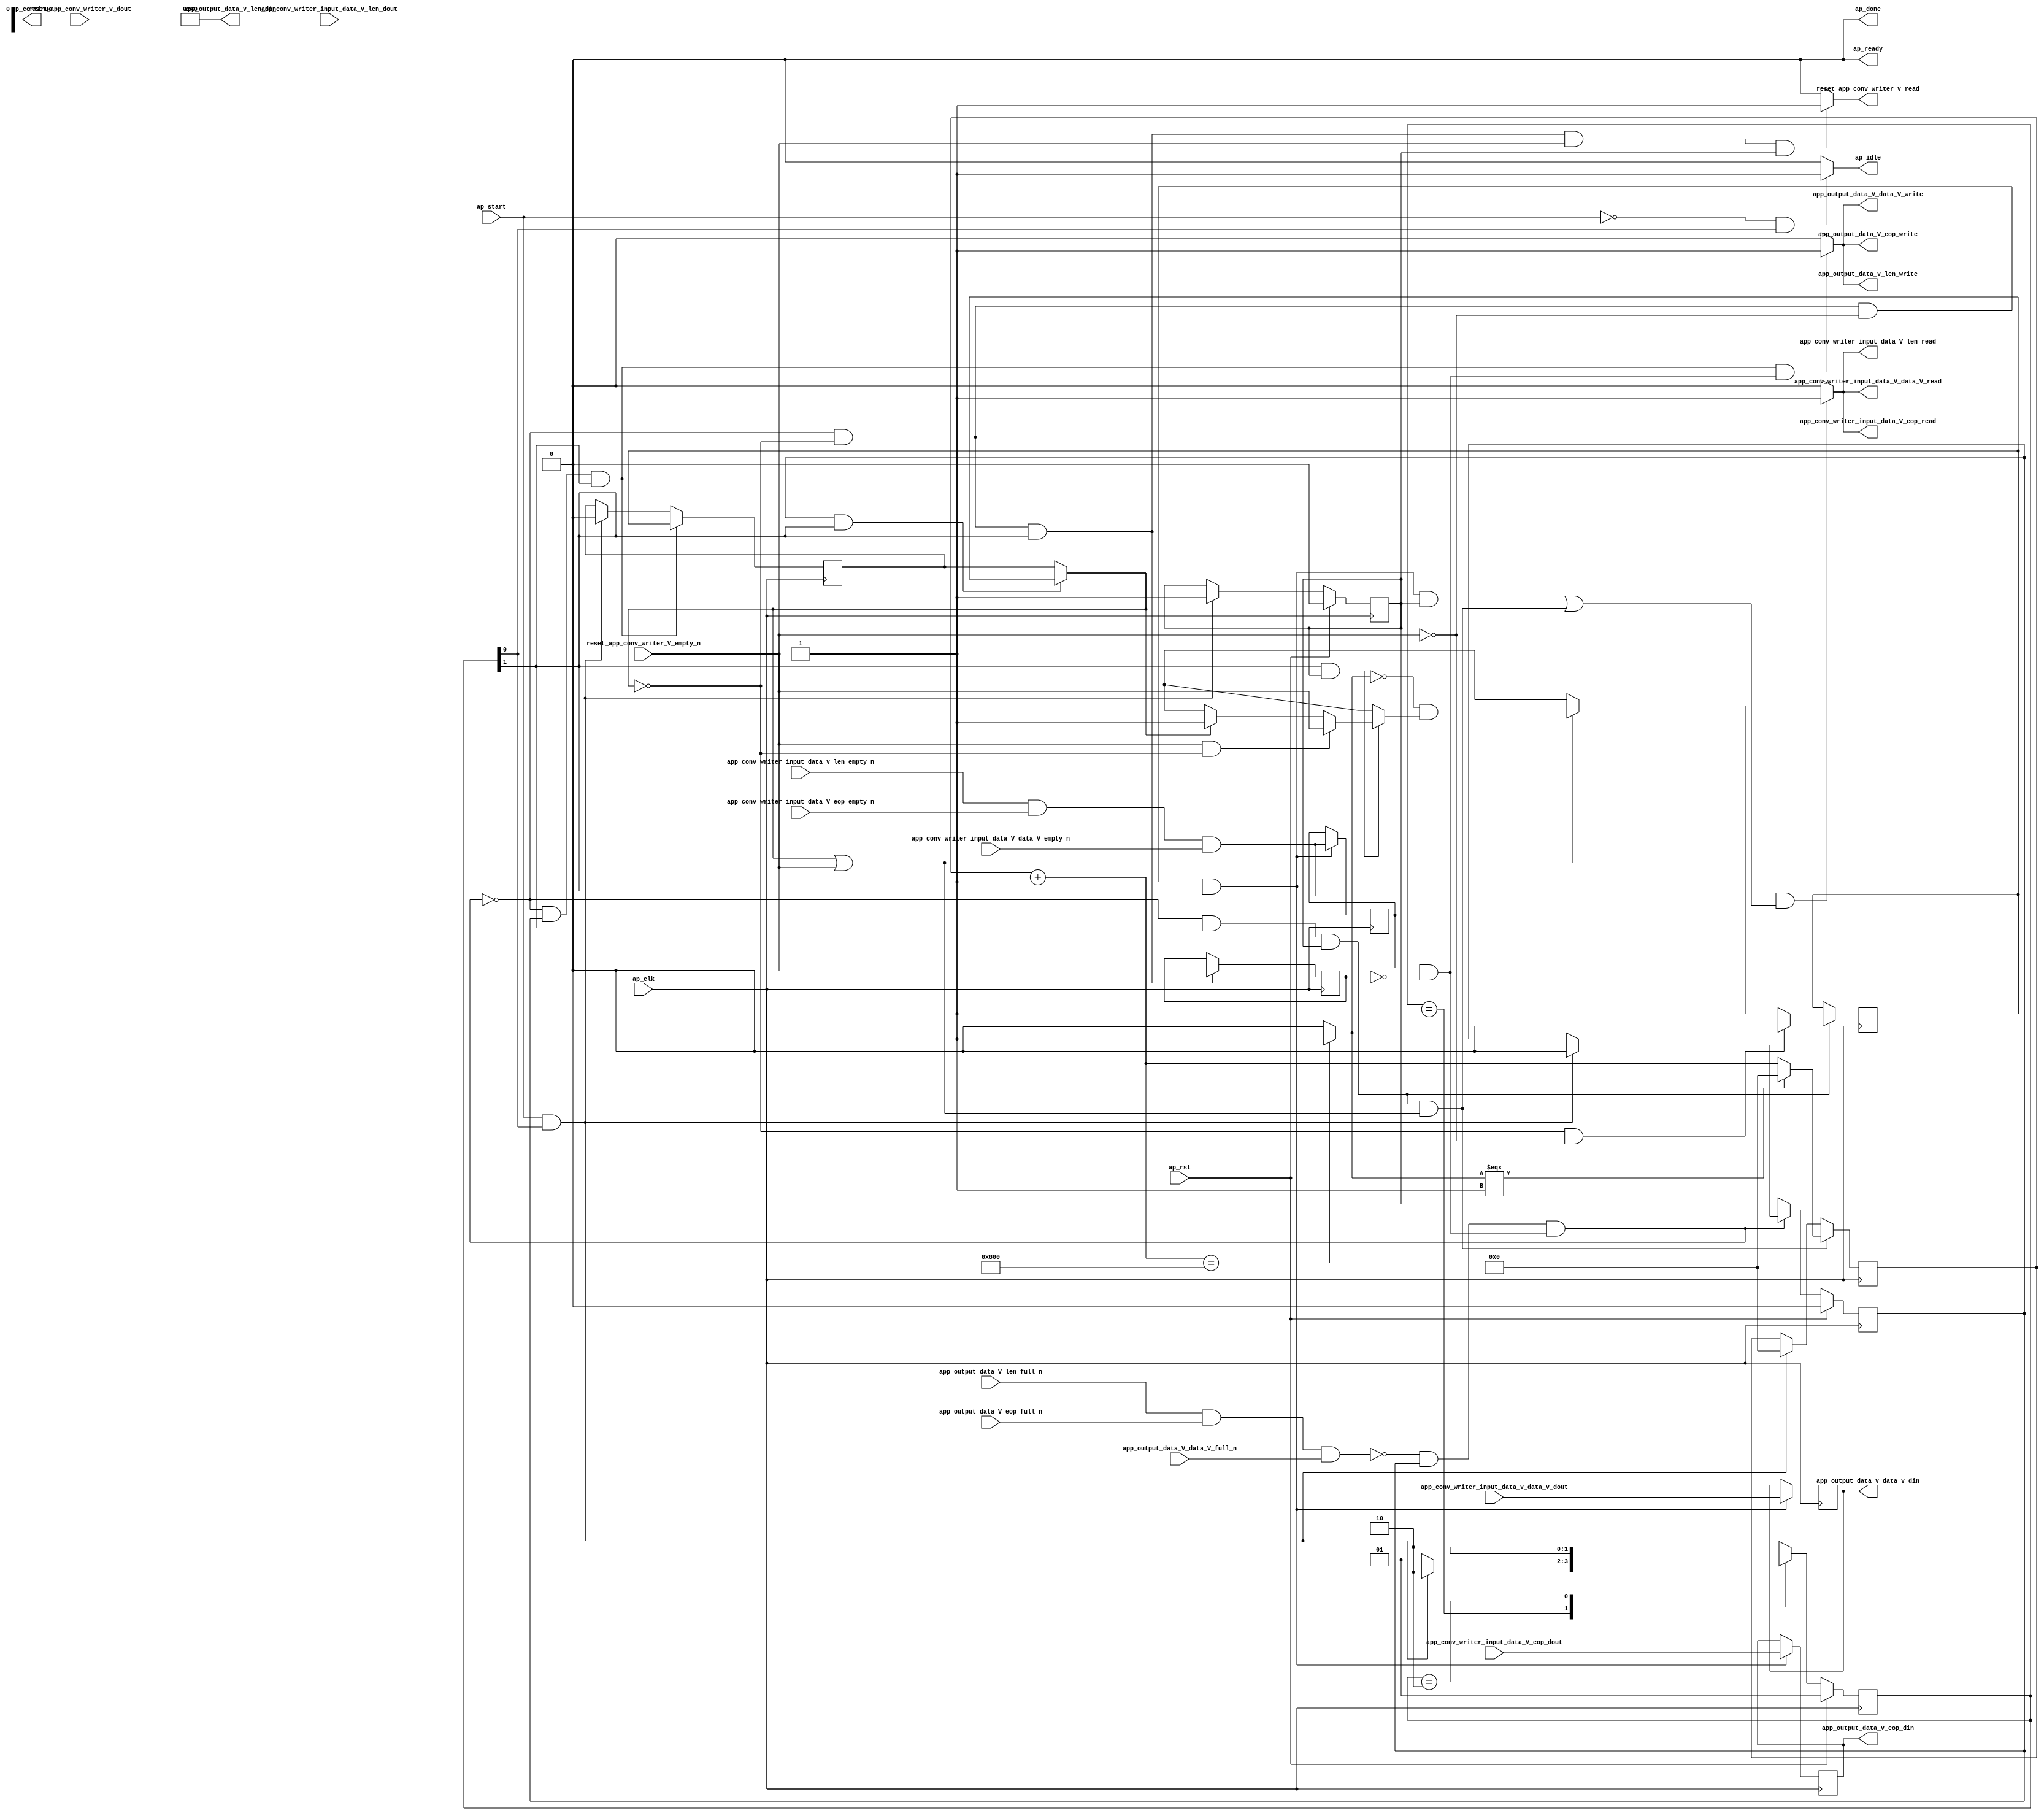
// ==============================================================
// RTL generated by Vivado(TM) HLS - High-Level Synthesis from C, C++ and SystemC
// Version: 2017.4.op
// Copyright (C) 1986-2018 Xilinx, Inc. All Rights Reserved.
// 
// ===========================================================

`timescale 1 ns / 1 ps 

(* CORE_GENERATION_INFO="app_conv_writer,hls_ip_2017_4_op,{HLS_INPUT_TYPE=cxx,HLS_INPUT_FLOAT=0,HLS_INPUT_FIXED=0,HLS_INPUT_PART=xcvu9p-flgb2104-2-i,HLS_INPUT_CLOCK=4.000000,HLS_INPUT_ARCH=others,HLS_SYN_CLOCK=2.997000,HLS_SYN_LAT=-1,HLS_SYN_TPT=none,HLS_SYN_MEM=0,HLS_SYN_DSP=0,HLS_SYN_FF=553,HLS_SYN_LUT=289}" *)

module app_conv_writer (
        ap_clk,
        ap_rst,
        ap_start,
        ap_done,
ap_continue,
        ap_idle,
        ap_ready,
        reset_app_conv_writer_V_dout,
        reset_app_conv_writer_V_empty_n,
        reset_app_conv_writer_V_read,
        app_conv_writer_input_data_V_data_V_dout,
        app_conv_writer_input_data_V_data_V_empty_n,
        app_conv_writer_input_data_V_data_V_read,
        app_conv_writer_input_data_V_len_dout,
        app_conv_writer_input_data_V_len_empty_n,
        app_conv_writer_input_data_V_len_read,
        app_conv_writer_input_data_V_eop_dout,
        app_conv_writer_input_data_V_eop_empty_n,
        app_conv_writer_input_data_V_eop_read,
        app_output_data_V_data_V_din,
        app_output_data_V_data_V_full_n,
        app_output_data_V_data_V_write,
        app_output_data_V_len_din,
        app_output_data_V_len_full_n,
        app_output_data_V_len_write,
        app_output_data_V_eop_din,
        app_output_data_V_eop_full_n,
        app_output_data_V_eop_write
);

parameter    ap_ST_fsm_state1 = 2'd1;
parameter    ap_ST_fsm_pp0_stage0 = 2'd2;

input   ap_clk;
input   ap_rst;
input   ap_start;
output   ap_done;
output   ap_idle;
output ap_ready; output ap_continue;
input   reset_app_conv_writer_V_dout;
input   reset_app_conv_writer_V_empty_n;
output   reset_app_conv_writer_V_read;
input  [511:0] app_conv_writer_input_data_V_data_V_dout;
input   app_conv_writer_input_data_V_data_V_empty_n;
output   app_conv_writer_input_data_V_data_V_read;
input  [15:0] app_conv_writer_input_data_V_len_dout;
input   app_conv_writer_input_data_V_len_empty_n;
output   app_conv_writer_input_data_V_len_read;
input   app_conv_writer_input_data_V_eop_dout;
input   app_conv_writer_input_data_V_eop_empty_n;
output   app_conv_writer_input_data_V_eop_read;
output  [511:0] app_output_data_V_data_V_din;
input   app_output_data_V_data_V_full_n;
output   app_output_data_V_data_V_write;
output  [15:0] app_output_data_V_len_din;
input   app_output_data_V_len_full_n;
output   app_output_data_V_len_write;
output   app_output_data_V_eop_din;
input   app_output_data_V_eop_full_n;
output   app_output_data_V_eop_write;

reg ap_idle;
reg reset_app_conv_writer_V_read;

(* fsm_encoding = "none" *) reg   [1:0] ap_CS_fsm;
wire    ap_CS_fsm_state1;
reg    app_output_data_V_data_V_blk_n;
wire    ap_CS_fsm_pp0_stage0;
reg    ap_enable_reg_pp0_iter1;
wire    ap_block_pp0_stage0;
reg   [0:0] empty_n_3_reg_280;
reg   [0:0] empty_n_2_reg_284;
reg    app_output_data_V_len_blk_n;
reg    app_output_data_V_eop_blk_n;
reg   [0:0] reset_reg_176;
reg   [0:0] reset_be_reg_198;
wire   [0:0] empty_n_3_fu_215_p1;
wire    ap_block_state2_pp0_stage0_iter0;
wire    app_output_data_V_len1_status;
reg    ap_predicate_op46_write_state3;
reg    ap_block_state3_pp0_stage0_iter1;
reg    ap_block_pp0_stage0_11001;
reg   [0:0] ap_phi_mux_reset_phi_fu_180_p4;
reg   [511:0] tmp_data_V_reg_288;
reg   [0:0] tmp_eop_reg_293;
reg    ap_enable_reg_pp0_iter0;
reg    ap_block_pp0_stage0_subdone;
reg   [0:0] ap_phi_mux_reset_1_phi_fu_191_p4;
wire   [0:0] ap_phi_reg_pp0_iter0_reset_1_reg_188;
wire   [0:0] p_reset_1_fu_253_p2;
wire   [0:0] ap_phi_reg_pp0_iter0_reset_be_reg_198;
reg    app_conv_writer_input_data_V_len0_update;
wire   [0:0] grp_nbread_fu_152_p4_0;
reg    app_output_data_V_len1_update;
reg    ap_block_pp0_stage0_01001;
reg   [31:0] reset_cnt_fu_142;
wire   [31:0] p_s_fu_260_p3;
wire   [31:0] reset_cnt_1_fu_235_p2;
wire   [0:0] tmp_5_fu_241_p2;
wire   [0:0] not_s_fu_247_p2;
reg   [1:0] ap_NS_fsm;
reg    ap_idle_pp0;
wire    ap_enable_pp0;
reg    ap_condition_118;
reg    ap_condition_115;

// power-on initialization
initial begin
#0 ap_CS_fsm = 2'd1;
#0 ap_enable_reg_pp0_iter1 = 1'b0;
#0 ap_enable_reg_pp0_iter0 = 1'b0;
end

always @ (posedge ap_clk) begin
    if (ap_rst == 1'b1) begin
        ap_CS_fsm <= ap_ST_fsm_state1;
    end else begin
        ap_CS_fsm <= ap_NS_fsm;
    end
end

always @ (posedge ap_clk) begin
    if (ap_rst == 1'b1) begin
        ap_enable_reg_pp0_iter0 <= 1'b0;
    end else begin
        if (((ap_start == 1'b1) & (1'b1 == ap_CS_fsm_state1))) begin
            ap_enable_reg_pp0_iter0 <= 1'b1;
        end
    end
end

always @ (posedge ap_clk) begin
    if (ap_rst == 1'b1) begin
        ap_enable_reg_pp0_iter1 <= 1'b0;
    end else begin
        if ((1'b0 == ap_block_pp0_stage0_subdone)) begin
            ap_enable_reg_pp0_iter1 <= ap_enable_reg_pp0_iter0;
        end else if (((ap_start == 1'b1) & (1'b1 == ap_CS_fsm_state1))) begin
            ap_enable_reg_pp0_iter1 <= 1'b0;
        end
    end
end

always @ (posedge ap_clk) begin
    if ((1'b1 == ap_condition_115)) begin
        if (((ap_phi_mux_reset_phi_fu_180_p4 == 1'd0) & (empty_n_3_fu_215_p1 == 1'd0))) begin
            reset_be_reg_198 <= 1'd0;
        end else if (((ap_phi_mux_reset_phi_fu_180_p4 == 1'd1) | (empty_n_3_fu_215_p1 == 1'd1))) begin
            reset_be_reg_198 <= p_reset_1_fu_253_p2;
        end else if ((1'b1 == 1'b1)) begin
            reset_be_reg_198 <= ap_phi_reg_pp0_iter0_reset_be_reg_198;
        end
    end
end

always @ (posedge ap_clk) begin
    if (((1'b0 == ap_block_pp0_stage0_11001) & (1'b1 == ap_CS_fsm_pp0_stage0) & (ap_enable_reg_pp0_iter0 == 1'b1) & ((ap_phi_mux_reset_phi_fu_180_p4 == 1'd1) | (empty_n_3_fu_215_p1 == 1'd1)))) begin
        reset_cnt_fu_142 <= p_s_fu_260_p3;
    end else if (((ap_start == 1'b1) & (1'b1 == ap_CS_fsm_state1))) begin
        reset_cnt_fu_142 <= 32'd0;
    end
end

always @ (posedge ap_clk) begin
    if (((1'b0 == ap_block_pp0_stage0_11001) & (ap_enable_reg_pp0_iter1 == 1'b1) & (1'b1 == ap_CS_fsm_pp0_stage0))) begin
        reset_reg_176 <= reset_be_reg_198;
    end else if (((ap_start == 1'b1) & (1'b1 == ap_CS_fsm_state1))) begin
        reset_reg_176 <= 1'd0;
    end
end

always @ (posedge ap_clk) begin
    if (((1'b0 == ap_block_pp0_stage0_11001) & (ap_phi_mux_reset_phi_fu_180_p4 == 1'd0) & (empty_n_3_fu_215_p1 == 1'd0) & (1'b1 == ap_CS_fsm_pp0_stage0))) begin
        empty_n_2_reg_284 <= grp_nbread_fu_152_p4_0;
        tmp_data_V_reg_288 <= app_conv_writer_input_data_V_data_V_dout;
        tmp_eop_reg_293 <= app_conv_writer_input_data_V_eop_dout;
    end
end

always @ (posedge ap_clk) begin
    if (((1'b0 == ap_block_pp0_stage0_11001) & (ap_phi_mux_reset_phi_fu_180_p4 == 1'd0) & (1'b1 == ap_CS_fsm_pp0_stage0))) begin
        empty_n_3_reg_280 <= reset_app_conv_writer_V_empty_n;
    end
end

always @ (*) begin
    if (((ap_start == 1'b0) & (1'b1 == ap_CS_fsm_state1))) begin
        ap_idle = 1'b1;
    end else begin
        ap_idle = 1'b0;
    end
end

always @ (*) begin
    if (((ap_enable_reg_pp0_iter1 == 1'b0) & (ap_enable_reg_pp0_iter0 == 1'b0))) begin
        ap_idle_pp0 = 1'b1;
    end else begin
        ap_idle_pp0 = 1'b0;
    end
end

always @ (*) begin
    if ((1'b1 == ap_condition_118)) begin
        if (((empty_n_3_fu_215_p1 == 1'd1) & (ap_phi_mux_reset_phi_fu_180_p4 == 1'd0))) begin
            ap_phi_mux_reset_1_phi_fu_191_p4 = reset_app_conv_writer_V_empty_n;
        end else if ((ap_phi_mux_reset_phi_fu_180_p4 == 1'd1)) begin
            ap_phi_mux_reset_1_phi_fu_191_p4 = ap_phi_mux_reset_phi_fu_180_p4;
        end else begin
            ap_phi_mux_reset_1_phi_fu_191_p4 = ap_phi_reg_pp0_iter0_reset_1_reg_188;
        end
    end else begin
        ap_phi_mux_reset_1_phi_fu_191_p4 = ap_phi_reg_pp0_iter0_reset_1_reg_188;
    end
end

always @ (*) begin
    if (((1'b0 == ap_block_pp0_stage0) & (ap_enable_reg_pp0_iter1 == 1'b1) & (1'b1 == ap_CS_fsm_pp0_stage0))) begin
        ap_phi_mux_reset_phi_fu_180_p4 = reset_be_reg_198;
    end else begin
        ap_phi_mux_reset_phi_fu_180_p4 = reset_reg_176;
    end
end

always @ (*) begin
    if ((((app_conv_writer_input_data_V_len_empty_n & app_conv_writer_input_data_V_eop_empty_n & app_conv_writer_input_data_V_data_V_empty_n) == 1'b1) & (((1'b0 == ap_block_pp0_stage0_11001) & (ap_phi_mux_reset_phi_fu_180_p4 == 1'd0) & (empty_n_3_fu_215_p1 == 1'd0) & (1'b1 == ap_CS_fsm_pp0_stage0) & (ap_enable_reg_pp0_iter0 == 1'b1)) | ((1'b0 == ap_block_pp0_stage0_11001) & (1'b1 == ap_CS_fsm_pp0_stage0) & (ap_enable_reg_pp0_iter0 == 1'b1) & ((ap_phi_mux_reset_phi_fu_180_p4 == 1'd1) | (empty_n_3_fu_215_p1 == 1'd1)))))) begin
        app_conv_writer_input_data_V_len0_update = 1'b1;
    end else begin
        app_conv_writer_input_data_V_len0_update = 1'b0;
    end
end

always @ (*) begin
    if (((empty_n_2_reg_284 == 1'd1) & (empty_n_3_reg_280 == 1'd0) & (1'b0 == ap_block_pp0_stage0) & (ap_enable_reg_pp0_iter1 == 1'b1) & (1'b1 == ap_CS_fsm_pp0_stage0))) begin
        app_output_data_V_data_V_blk_n = app_output_data_V_data_V_full_n;
    end else begin
        app_output_data_V_data_V_blk_n = 1'b1;
    end
end

always @ (*) begin
    if (((empty_n_2_reg_284 == 1'd1) & (empty_n_3_reg_280 == 1'd0) & (1'b0 == ap_block_pp0_stage0) & (ap_enable_reg_pp0_iter1 == 1'b1) & (1'b1 == ap_CS_fsm_pp0_stage0))) begin
        app_output_data_V_eop_blk_n = app_output_data_V_eop_full_n;
    end else begin
        app_output_data_V_eop_blk_n = 1'b1;
    end
end

always @ (*) begin
    if (((1'b0 == ap_block_pp0_stage0_11001) & (ap_enable_reg_pp0_iter1 == 1'b1) & (1'b1 == ap_CS_fsm_pp0_stage0) & (ap_predicate_op46_write_state3 == 1'b1))) begin
        app_output_data_V_len1_update = 1'b1;
    end else begin
        app_output_data_V_len1_update = 1'b0;
    end
end

always @ (*) begin
    if (((empty_n_2_reg_284 == 1'd1) & (empty_n_3_reg_280 == 1'd0) & (1'b0 == ap_block_pp0_stage0) & (ap_enable_reg_pp0_iter1 == 1'b1) & (1'b1 == ap_CS_fsm_pp0_stage0))) begin
        app_output_data_V_len_blk_n = app_output_data_V_len_full_n;
    end else begin
        app_output_data_V_len_blk_n = 1'b1;
    end
end

always @ (*) begin
    if (((1'b0 == ap_block_pp0_stage0_11001) & (ap_phi_mux_reset_phi_fu_180_p4 == 1'd0) & (1'b1 == ap_CS_fsm_pp0_stage0) & (reset_app_conv_writer_V_empty_n == 1'b1) & (ap_enable_reg_pp0_iter0 == 1'b1))) begin
        reset_app_conv_writer_V_read = 1'b1;
    end else begin
        reset_app_conv_writer_V_read = 1'b0;
    end
end

always @ (*) begin
    case (ap_CS_fsm)
        ap_ST_fsm_state1 : begin
            if (((ap_start == 1'b1) & (1'b1 == ap_CS_fsm_state1))) begin
                ap_NS_fsm = ap_ST_fsm_pp0_stage0;
            end else begin
                ap_NS_fsm = ap_ST_fsm_state1;
            end
        end
        ap_ST_fsm_pp0_stage0 : begin
            ap_NS_fsm = ap_ST_fsm_pp0_stage0;
        end
        default : begin
            ap_NS_fsm = 'bx;
        end
    endcase
end

assign ap_CS_fsm_pp0_stage0 = ap_CS_fsm[32'd1];

assign ap_CS_fsm_state1 = ap_CS_fsm[32'd0];

assign ap_block_pp0_stage0 = ~(1'b1 == 1'b1);

always @ (*) begin
    ap_block_pp0_stage0_01001 = ((app_output_data_V_len1_status == 1'b0) & (ap_enable_reg_pp0_iter1 == 1'b1) & (ap_predicate_op46_write_state3 == 1'b1));
end

always @ (*) begin
    ap_block_pp0_stage0_11001 = ((app_output_data_V_len1_status == 1'b0) & (ap_enable_reg_pp0_iter1 == 1'b1) & (ap_predicate_op46_write_state3 == 1'b1));
end

always @ (*) begin
    ap_block_pp0_stage0_subdone = ((app_output_data_V_len1_status == 1'b0) & (ap_enable_reg_pp0_iter1 == 1'b1) & (ap_predicate_op46_write_state3 == 1'b1));
end

assign ap_block_state2_pp0_stage0_iter0 = ~(1'b1 == 1'b1);

always @ (*) begin
    ap_block_state3_pp0_stage0_iter1 = ((app_output_data_V_len1_status == 1'b0) & (ap_predicate_op46_write_state3 == 1'b1));
end

always @ (*) begin
    ap_condition_115 = ((1'b0 == ap_block_pp0_stage0_11001) & (1'b1 == ap_CS_fsm_pp0_stage0) & (ap_enable_reg_pp0_iter0 == 1'b1));
end

always @ (*) begin
    ap_condition_118 = ((1'b0 == ap_block_pp0_stage0) & (1'b1 == ap_CS_fsm_pp0_stage0) & (ap_enable_reg_pp0_iter0 == 1'b1));
end

assign ap_done = 1'b0;

assign ap_enable_pp0 = (ap_idle_pp0 ^ 1'b1);

assign ap_phi_reg_pp0_iter0_reset_1_reg_188 = 'bx;

assign ap_phi_reg_pp0_iter0_reset_be_reg_198 = 'bx;

always @ (*) begin
    ap_predicate_op46_write_state3 = ((empty_n_2_reg_284 == 1'd1) & (empty_n_3_reg_280 == 1'd0));
end

assign ap_ready = 1'b0;

assign app_conv_writer_input_data_V_data_V_read = app_conv_writer_input_data_V_len0_update;

assign app_conv_writer_input_data_V_eop_read = app_conv_writer_input_data_V_len0_update;

assign app_conv_writer_input_data_V_len_read = app_conv_writer_input_data_V_len0_update;

assign app_output_data_V_data_V_din = tmp_data_V_reg_288;

assign app_output_data_V_data_V_write = app_output_data_V_len1_update;

assign app_output_data_V_eop_din = tmp_eop_reg_293;

assign app_output_data_V_eop_write = app_output_data_V_len1_update;

assign app_output_data_V_len1_status = (app_output_data_V_len_full_n & app_output_data_V_eop_full_n & app_output_data_V_data_V_full_n);

assign app_output_data_V_len_din = 16'd64;

assign app_output_data_V_len_write = app_output_data_V_len1_update;

assign empty_n_3_fu_215_p1 = reset_app_conv_writer_V_empty_n;

assign grp_nbread_fu_152_p4_0 = (app_conv_writer_input_data_V_len_empty_n & app_conv_writer_input_data_V_eop_empty_n & app_conv_writer_input_data_V_data_V_empty_n);

assign not_s_fu_247_p2 = (tmp_5_fu_241_p2 ^ 1'd1);

assign p_reset_1_fu_253_p2 = (not_s_fu_247_p2 & ap_phi_mux_reset_1_phi_fu_191_p4);

assign p_s_fu_260_p3 = ((tmp_5_fu_241_p2[0:0] === 1'b1) ? 32'd0 : reset_cnt_1_fu_235_p2);

assign reset_cnt_1_fu_235_p2 = (reset_cnt_fu_142 + 32'd1);

assign tmp_5_fu_241_p2 = ((reset_cnt_1_fu_235_p2 == 32'd2048) ? 1'b1 : 1'b0);

endmodule //app_conv_writer